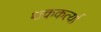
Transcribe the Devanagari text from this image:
शककर्त्या